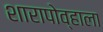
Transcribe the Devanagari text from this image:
शारापोव्हाला